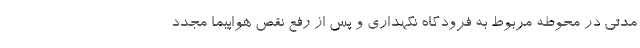
مدتی در محوطه مربوط به فرودگاه نگهداری و پس از رفع نقص هواپیما مجدد